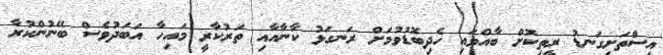
އިސްތަށިގަނޑު ރީތިކޮށް ބާއްވައި ހެދިބޮޑުވުމަށް ރަނގަޅު ކާނާއާއި ތަރުކާރީ މައިހާ އަބަދުވެސް ބޭނުންކުރާ